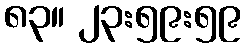
၈၃။ ၂၃:၅၉:၅၉